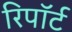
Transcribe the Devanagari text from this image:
रिपॉर्ट